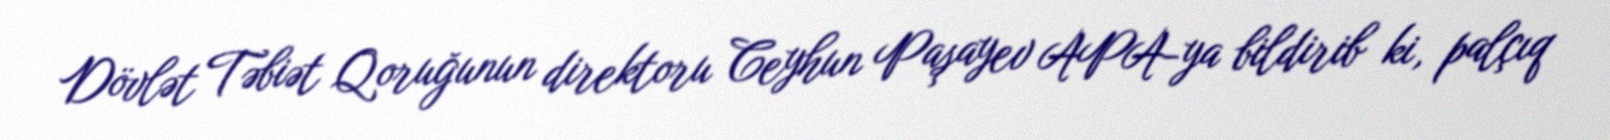
Dövlət Təbiət Qoruğunun direktoru Ceyhun Paşayev APA-ya bildirib ki, palçıq